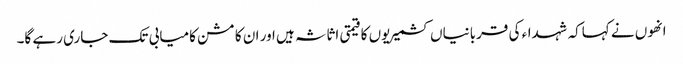
انھوں نے کہاکہ شہداء کی قربانیاں کشمیریوں کا قیمتی اثاثہ ہیں اور ان کا مشن کامیابی تک جاری رہے گا۔